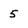
Character: 5